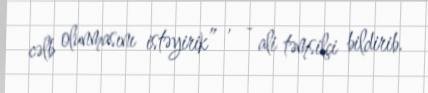
cəlb olunmasını istəyirik” , - ali təmsilçi bildirib.